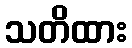
သတိထား